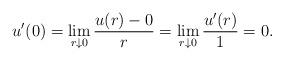
LaTeX: \begin{align*}u'(0)=\lim_{r\downarrow 0}\frac{u(r)-0}{r}=\lim_{r\downarrow 0}\frac{u'(r)}{1}=0.\end{align*}